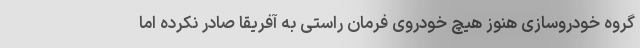
گروه خودروسازی هنوز هیچ خودروی فرمان راستی به آفریقا صادر نکرده اما